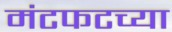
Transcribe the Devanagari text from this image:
मंटफटच्या